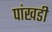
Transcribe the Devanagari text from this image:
पांखडी